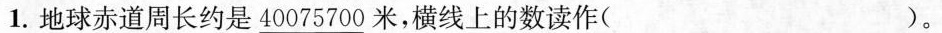
1.地球赤道周长约是40075700米，横线上的数读作( )。